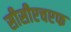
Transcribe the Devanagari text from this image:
सीसीएचएफ